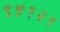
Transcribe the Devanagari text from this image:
९५१२१